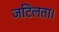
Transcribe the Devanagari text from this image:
जटिलता।